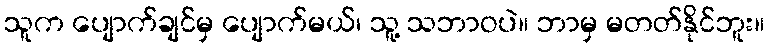
သူက ပျောက်ချင်မှ ပျောက်မယ်၊ သူ့ သဘာဝပဲ။ ဘာမှ မတတ်နိုင်ဘူး။